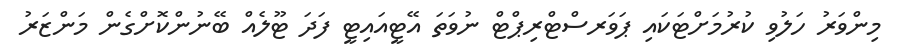
މިންވަރު ހަލުވި ކުރުމަށްޓަކައި ޕަވަރސްޓްރިޕްޓް ނުވަތަ އޭޓީއައިޓީ ފަދަ ޓޫލެއް ބޭނުންކޮށްގެން މަންޒަރު